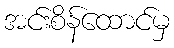
အင်းစိန်ထောင်မှ